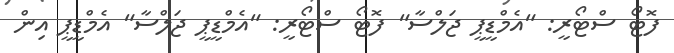
ފޮޓޯ ސްޓޯރީ: "އެމްޑީޕީ ޖަލްސާ" ފޮޓޯ ސްޓޯރީ: "އެމްޑީޕީ ޖަލްސާ" އެމްޑީޕީ އިން